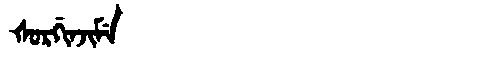
Manchu: ᡧᠣᡵᡤᡳᠨᠵᡳᠮᡝ
Romanization: ŠORGINJIME